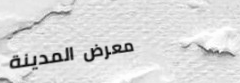
معرض المدينة